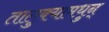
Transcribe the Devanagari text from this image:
तालुक्यामधुन्